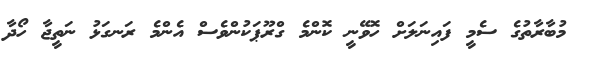
މުބާރާތުގެ ސެމީ ފައިނަލަށް ހޮވޭނީ ކޮންމެ ގްރޫޕަކުންވެސް އެންމެ ރަނގަޅު ނަތީޖާ ހޯދާ